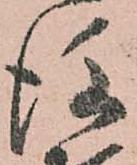
後